Calcutta medical institutions reports 1879-81 [i.e.91]
Year: 1879
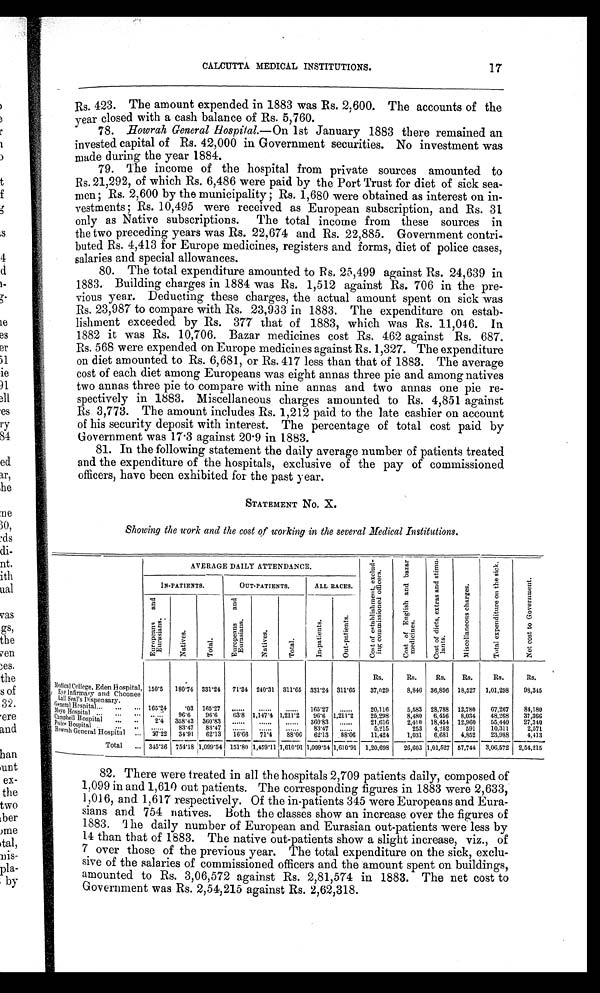
17
CALCUTTA MEDICAL INSTITUTIONS.
Rs. 423. The amount expended in 1883 was Rs. 2,600. The accounts of the
year closed with a cash balance of 5,760.
78.
Howrah General Hospital.— On 1st January 1883 there remained an
invested capital of Rs. 42,000 in Government securities. No investment was
made during the year 1884.
79. The income of the hospital from private sources amounted to
Rs. 21,292, of which Rs. 6,486 were paid by the Port Trust for diet of sick sea-
men; Rs. 2,600 by the municipality; Rs. 1,680 were obtained as interest on in-
vestments; Rs. 10,495 were received as European subscription, and Rs. 31
only as Native subscriptions. The total income from these sources in
the two preceding years was Rs. 22,674 and Rs. 22,885. Government contri-
buted Rs. 4,413 for Europe medicines, registers and forms, diet of police cases,
salaries and special allowances.
80. The total expenditure amounted to Rs. 25,499 against Rs. 24,639 in
1883. Building charges in 1884 was Rs. 1,512 against Rs. 706 in the pre-
vious year. Deducting these charges, the actual amount spent on sick was
Rs. 23,987 to compare with Rs. 23,933 in 1883. The expenditure on estab-
lishment exceeded by Rs. 377 that of 1883, which was Rs. 11,046. In
1882 it was Rs. 10,706. Bazar medicines cost Rs. 462 against Rs. 687.
Rs. 568 were expended on Europe medicines against Rs. 1,327. The expenditure
on diet amounted to Rs. 6,681, or Rs. 417 less than that of 1883. The average
cost of each diet among Europeans was eight annas three pie and among natives
two annas three pie to compare with nine annas and two annas one pie re-
spectively in 1883. Miscellaneous charges amounted to Rs. 4,851 against
Rs 3,773. The amount includes Rs. 1,212 paid to the late cashier on account
of his security deposit with interest. The percentage of total cost paid by
Government was 17.3 against 20.9 in 1883.
81. In the following statement the daily average number of patients treated
and the expenditure of the hospitals, exclusive of the pay of commissioned
officers, have been exhibited for the past year.
STATEMENT NO. X.
Showing the work and the cost of working in the several Medical Institutions.
AVERAGE DAILY ATTENDANCE.
C o s t o f e s t a b l i s h m e n t , e x c l u d i n g c o m m i s s i o n e d o f f i c e r s .
C o s t o f E n g l i s h a n d b a z a r m e d i c i n e s .
C o s t o f d i e t s , e x t r a s a n d s t i m u l a n t s .
M i s c e l l a n e o u s c h a r g e s .
T o t a l e x p e n d i t u r e o n t h e s i c k .
N e t c o s t t o G o v e r n m e n t .
IN-PATIENTS.
OUT-PATIENTS.
ALL RACES.
E u r o p e a n s a n d E u r a s i a n s .
N a t i v e s .
T o t a l .
E u r o p e a n s a n d E u r a s i a n s .
N a t i v e s .
T o t a l .
I n - p a t i e n t s .
O u t - p a t i e n t s .
Rs.
Rs.
Rs.
Rs.
Rs.
Rs.
M e d i c a l C o l l e g e , E d e n H o s p i t a l , E y e i n f i r m a r y a n d C h o o n e e L a l l s e a l ' s D i s p e n s a r y .
150.5 180.74 331.24 71.34 240.31 311.65 331.24 311.65 37,029
8,846 36,896 18,527 1,01,298
98,345
G e n e r a l H o s p i t a l
165.24
.03 165.27 ......
. . . . . .
. . . . . . 165.27
. . . . . . . 20,116
5,583 28,788 12,780 67,267
84,180
M a y o H o s p i t a l ......
9 6 . 6
9 6 . 6
63. 8 1,147.4 1,211.2 96.6 1,211.2
25,298
8,480 6,456 8,034 48,268 37,366
Campbell Hospital
2.4
3 5 8 . 4 3
3 6 0 . 8 3 ......
. . . . . .
. . . . . . 360.83
. . . . . . 21,616
2,410 18,454 12,960 65,440 27,340
P o l i c e H o s p i t a l
...... 83.47 83.47 ......
. . . . . .
. . . . . . 83.47
. . . . . . 5,215
253 4,252
591
10,311
2,571
H o w r a h G e n e r a l H o s p i t a l 27.22 34.91 62.13 16.66 71.4 88.06 62.13 88.06 11,424
1,031 6,681 4,852
23,988
4,413
Total ... 345.36 754.18 1,099.54 151.80 1,459.11 1,610.91 1,099.54 1,610.91 1,20,698 26,603 1,01,527 57,744 3,06,572 2,54,215
82. There were treated in all the hospitals 2,709 patients daily, composed of
1,099 in and 1,610 out patients. The corresponding figures in 1883 were 2,633,
1,016, and 1,617 respectively. Of the in-patients 345 were Europeans and Eura-
sians and 754 natives. Both the classes show an increase over the figures of
1883. The daily number of European and Eurasian out-patients were less by
14 than that of 1883. The native out-patients show a slight increase, viz., of
7 over those of the previous year. The total expenditure on the sick, exclu-
sive of the salaries of commissioned officers and the amount spent on buildings,
amounted to Rs. 3,06,572 against Rs. 2,81,574 in 1883. The net cost to
Government was Rs. 2,54,215 against Rs. 2,62,318.